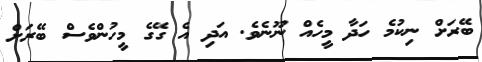
ބޭރަށް ނިކުމެ ހަދާ މީހެއް ނޫނެވެ. އަދި އެ ގޭގެ މީހުންވެސް ބޭރަށް